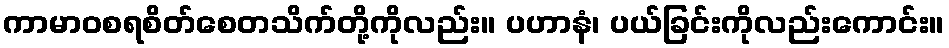
ကာမာဝစရစိတ်စေတသိက်တို့ကိုလည်း။ ပဟာနံ၊ ပယ်ခြင်းကိုလည်းကောင်း။